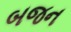
બજન